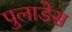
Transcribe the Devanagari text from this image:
पुलाडेस